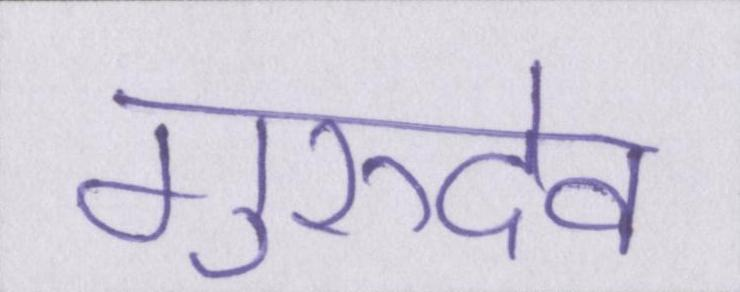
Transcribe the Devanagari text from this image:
गुरुदेव